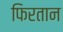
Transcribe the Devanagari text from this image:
फिरतान